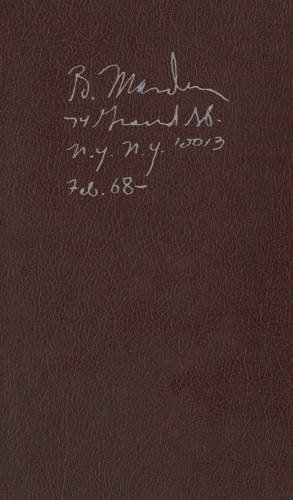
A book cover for Brice Marden: Notebook Feb. 1968-; Arts & Photography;